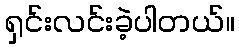
ရှင်းလင်းခဲ့ပါတယ်။